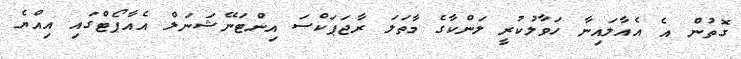
ގޮތުން އެ އެއާލައިނާ ހަވާލުކުރީ ލަންކާގެ މާތަލަ ރާޖަޕަކްސަ އިންޓަނޭޝަނަލް އެއާޕޯޓްގައި އިއްޔެ